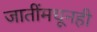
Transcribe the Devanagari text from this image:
जातींमधूनही